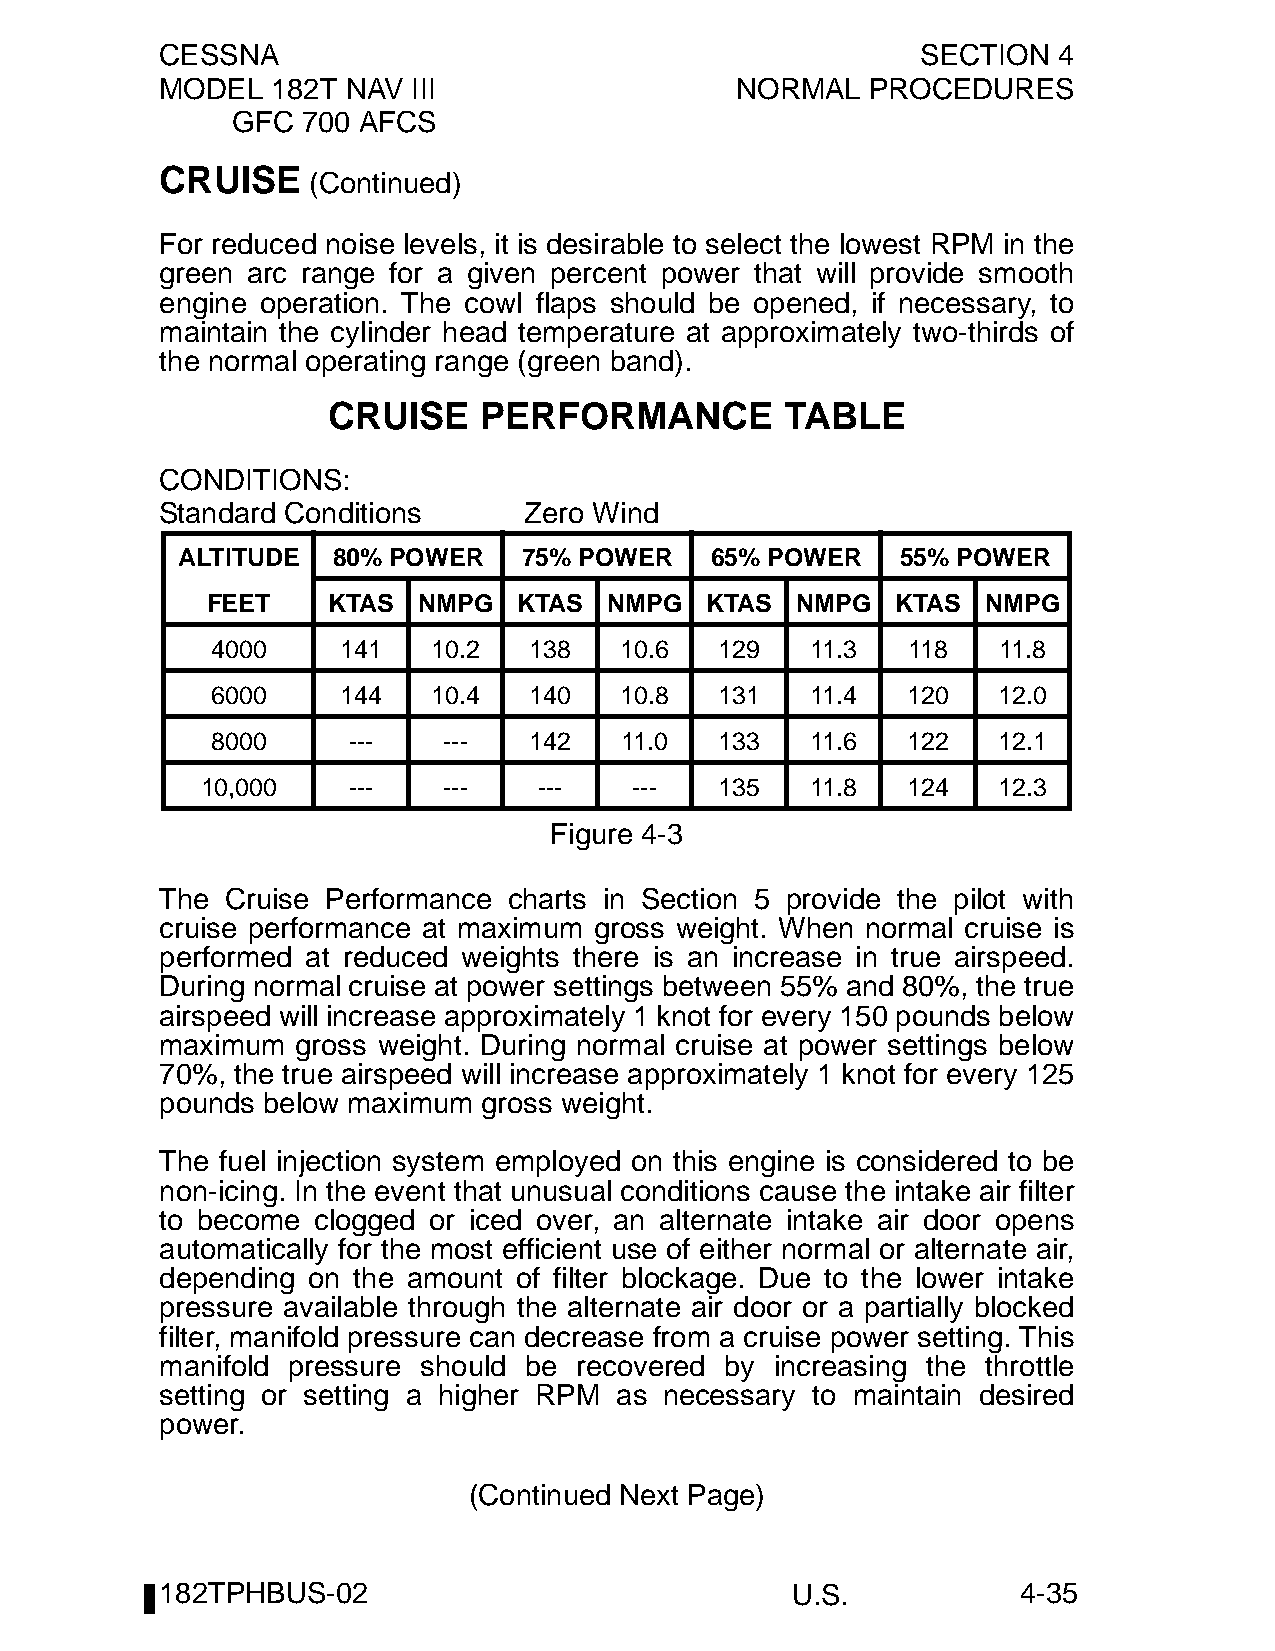
CESSNA                                            SECTION  4
 MODEL  182T NAV III                   NORMAL   PROCEDURES
 GFC  700 AFCS
 CRUISE
 (Continued)
 For reduced noise levels, it is desirable to select the lowest RPM in the
 green arc range for a given percent power that will provide smooth
 engine operation. The cowl flaps should be opened, if necessary, to
 maintain the cylinder head temperature at approximately two-thirds of
 the normal operating range (green band).
 CRUISE    PERFORMANCE         TABLE
 CONDITIONS:
 Standard Conditions     Zero Wind
 ALTITUDE  80% POWER    75% POWER   65% POWER    55% POWER
 FEET    KTAS  NMPG  KTAS  NMPG   KTAS  NMPG  KTAS  NMPG
 4000     141   10.2  138   10.6   129   11.3  118   11.8
 6000     144   10.4  140   10.8   131   11.4  120   12.0
 8000     ---   ---   142   11.0   133   11.6  122   12.1
 10,000    ---   ---    ---   ---   135   11.8  124   12.3
 Figure 4-3
 The Cruise Performance charts in Section 5 provide the pilot with
 cruise performance at maximum gross weight. When normal cruise is
 performed at reduced weights there is an increase in true airspeed.
 During normal cruise at power settings between 55% and 80%, the true
 airspeed will increase approximately 1 knot for every 150 pounds below
 maximum  gross weight. During normal cruise at power settings below
 70%, the true airspeed will increase approximately 1 knot for every 125
 pounds below maximum gross weight.
 The fuel injection system employed on this engine is considered to be
 non-icing. In the event that unusual conditions cause the intake air filter
 to become clogged or iced over, an alternate intake air door opens
 automatically for the most efficient use of either normal or alternate air,
 depending on the amount of filter blockage. Due to the lower intake
 pressure available through the alternate air door or a partially blocked
 filter, manifold pressure can decrease from a cruise power setting. This
 manifold pressure should be recovered by increasing the throttle
 setting or setting a higher RPM as necessary to maintain desired
 power.
 (Continued Next Page)
 182TPHBUS-02                             U.S.            4-35